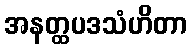
အနတ္ထပဒသံဟိတာ